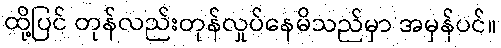
ထို့ပြင် တုန်လည်းတုန်လှုပ်နေမိသည်မှာ အမှန်ပင်။